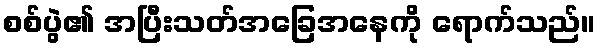
စစ်ပွဲ၏ အပြီးသတ်အခြေအနေကို ရောက်သည်။